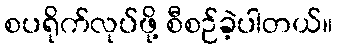
စပရိုက်လုပ်ဖို့ စီစဉ်ခဲ့ပါတယ်။